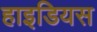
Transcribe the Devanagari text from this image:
हाइडियस